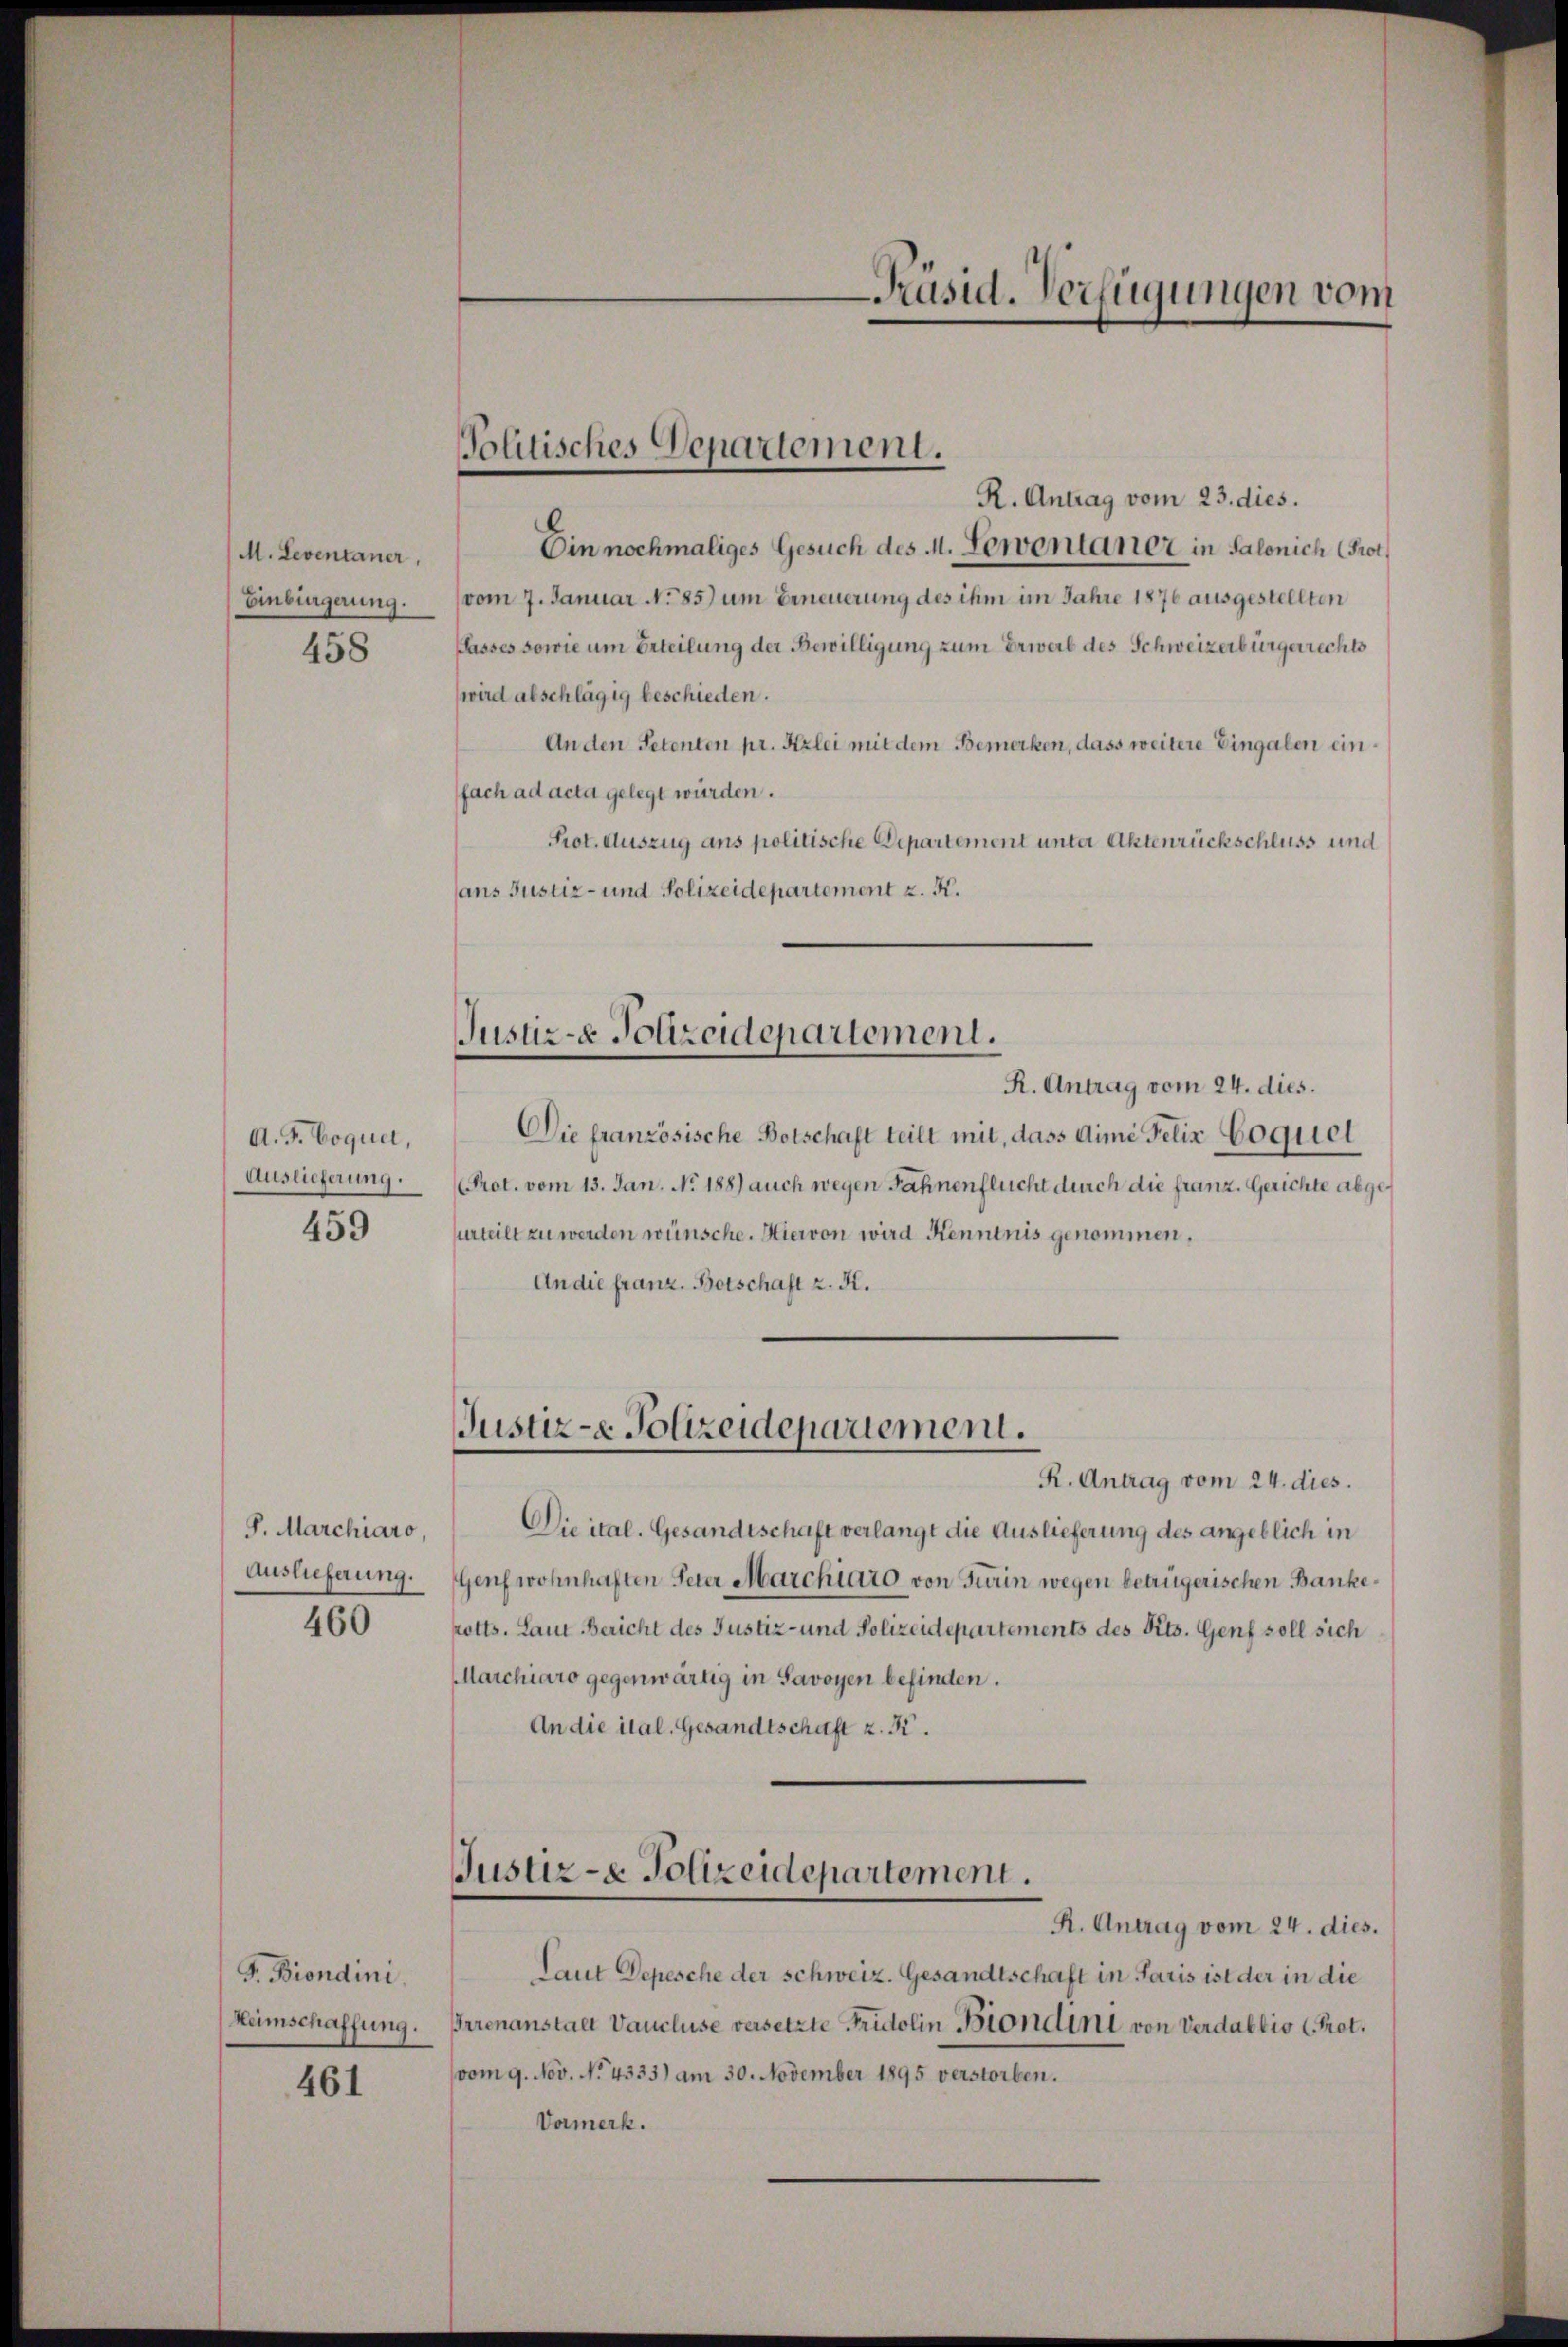
M. Leventaner,
Einbürgerung.

458

A. F. Coquet,
Auslieferung.

459

S. Marchiaro,
Auslieferung.

460

G. Brondini.
Keimschaffung.

461

R. Antrag vom 23. dies.
Ein nochmaliges Gesuch des M. Lewentaner in Salonich (Prot
vom 7. Januar No 85) um Erneuerung des ihm im Jahre 1876 ausgestellten
Passes sowie um Erteilung der Bewilligung zum Erwerb des Schweizerbürgerrechts
wird abschlägig beschieden.
An den Petenten pr. Kzlei mit dem Bemerken, dass weitere Eingaben einfach ad acta gelegt würden.
Prot. Auszug ans politische Departement unter Aktenrückschluss und
sans Justiz- und Polizeidepartement z. K.

Politisches Departement.

Justiz- & Polizeidepartement.

Justiz- & Polizeidepariement.

R. Antrag vom 24. dies.
Die französische Botschaft teilt mit, dass dimi Felix Coquel
Prot. vom 13. Jan. No. 188) auch wegen Fahnenflecht durch die franz. Gerichte abgesurteilt zu werden wünsche. Hiervon wird Kenntnis genommen.
An die franz. Botschaft z. K.

R. Antrag vom 24. dies.
Die ital. Gesandtschaft verlangt die Auslieferung des angeblich in
Genf wohnhaften Peter Marchiato von Turin wegen betrügerischen Bankerotts. Laut Bericht des Justiz- und Polizeidepartements des Kts. Genf soll sich
Marchiaro gegenwärtig in Savoyen befinden.
An die ital. Gesandtschaft z. K.

Justiz- & Polizeidepartement.

-Präsid. Verfügungen vom

R. Antrag vom 24. dies.
Laut Depesche der schweiz. Gesandtschaft in Paris ist der in die
rrenanstalt Vaucluse versetzte Fridolin Biondini von Verdabbio (Prot.
vom 9. Nov. N. 4333) am 30. November 1895 verstorben.
Vormerk.